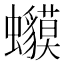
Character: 𧕥